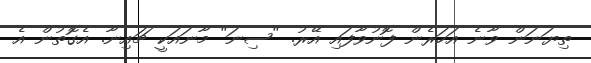
ތިޔަނަން ވާނެ އަހަރެން ފޮނުވާފައި އޭރު. "ސިނަ" މާނައަކީ ޗައިނާ. އެގޮތުން އެ